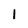
Character: 1